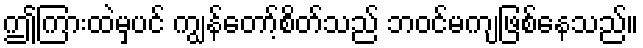
ဤကြားထဲမှပင် ကျွန်တော့်စိတ်သည် ဘဝင်မကျဖြစ်နေသည်။